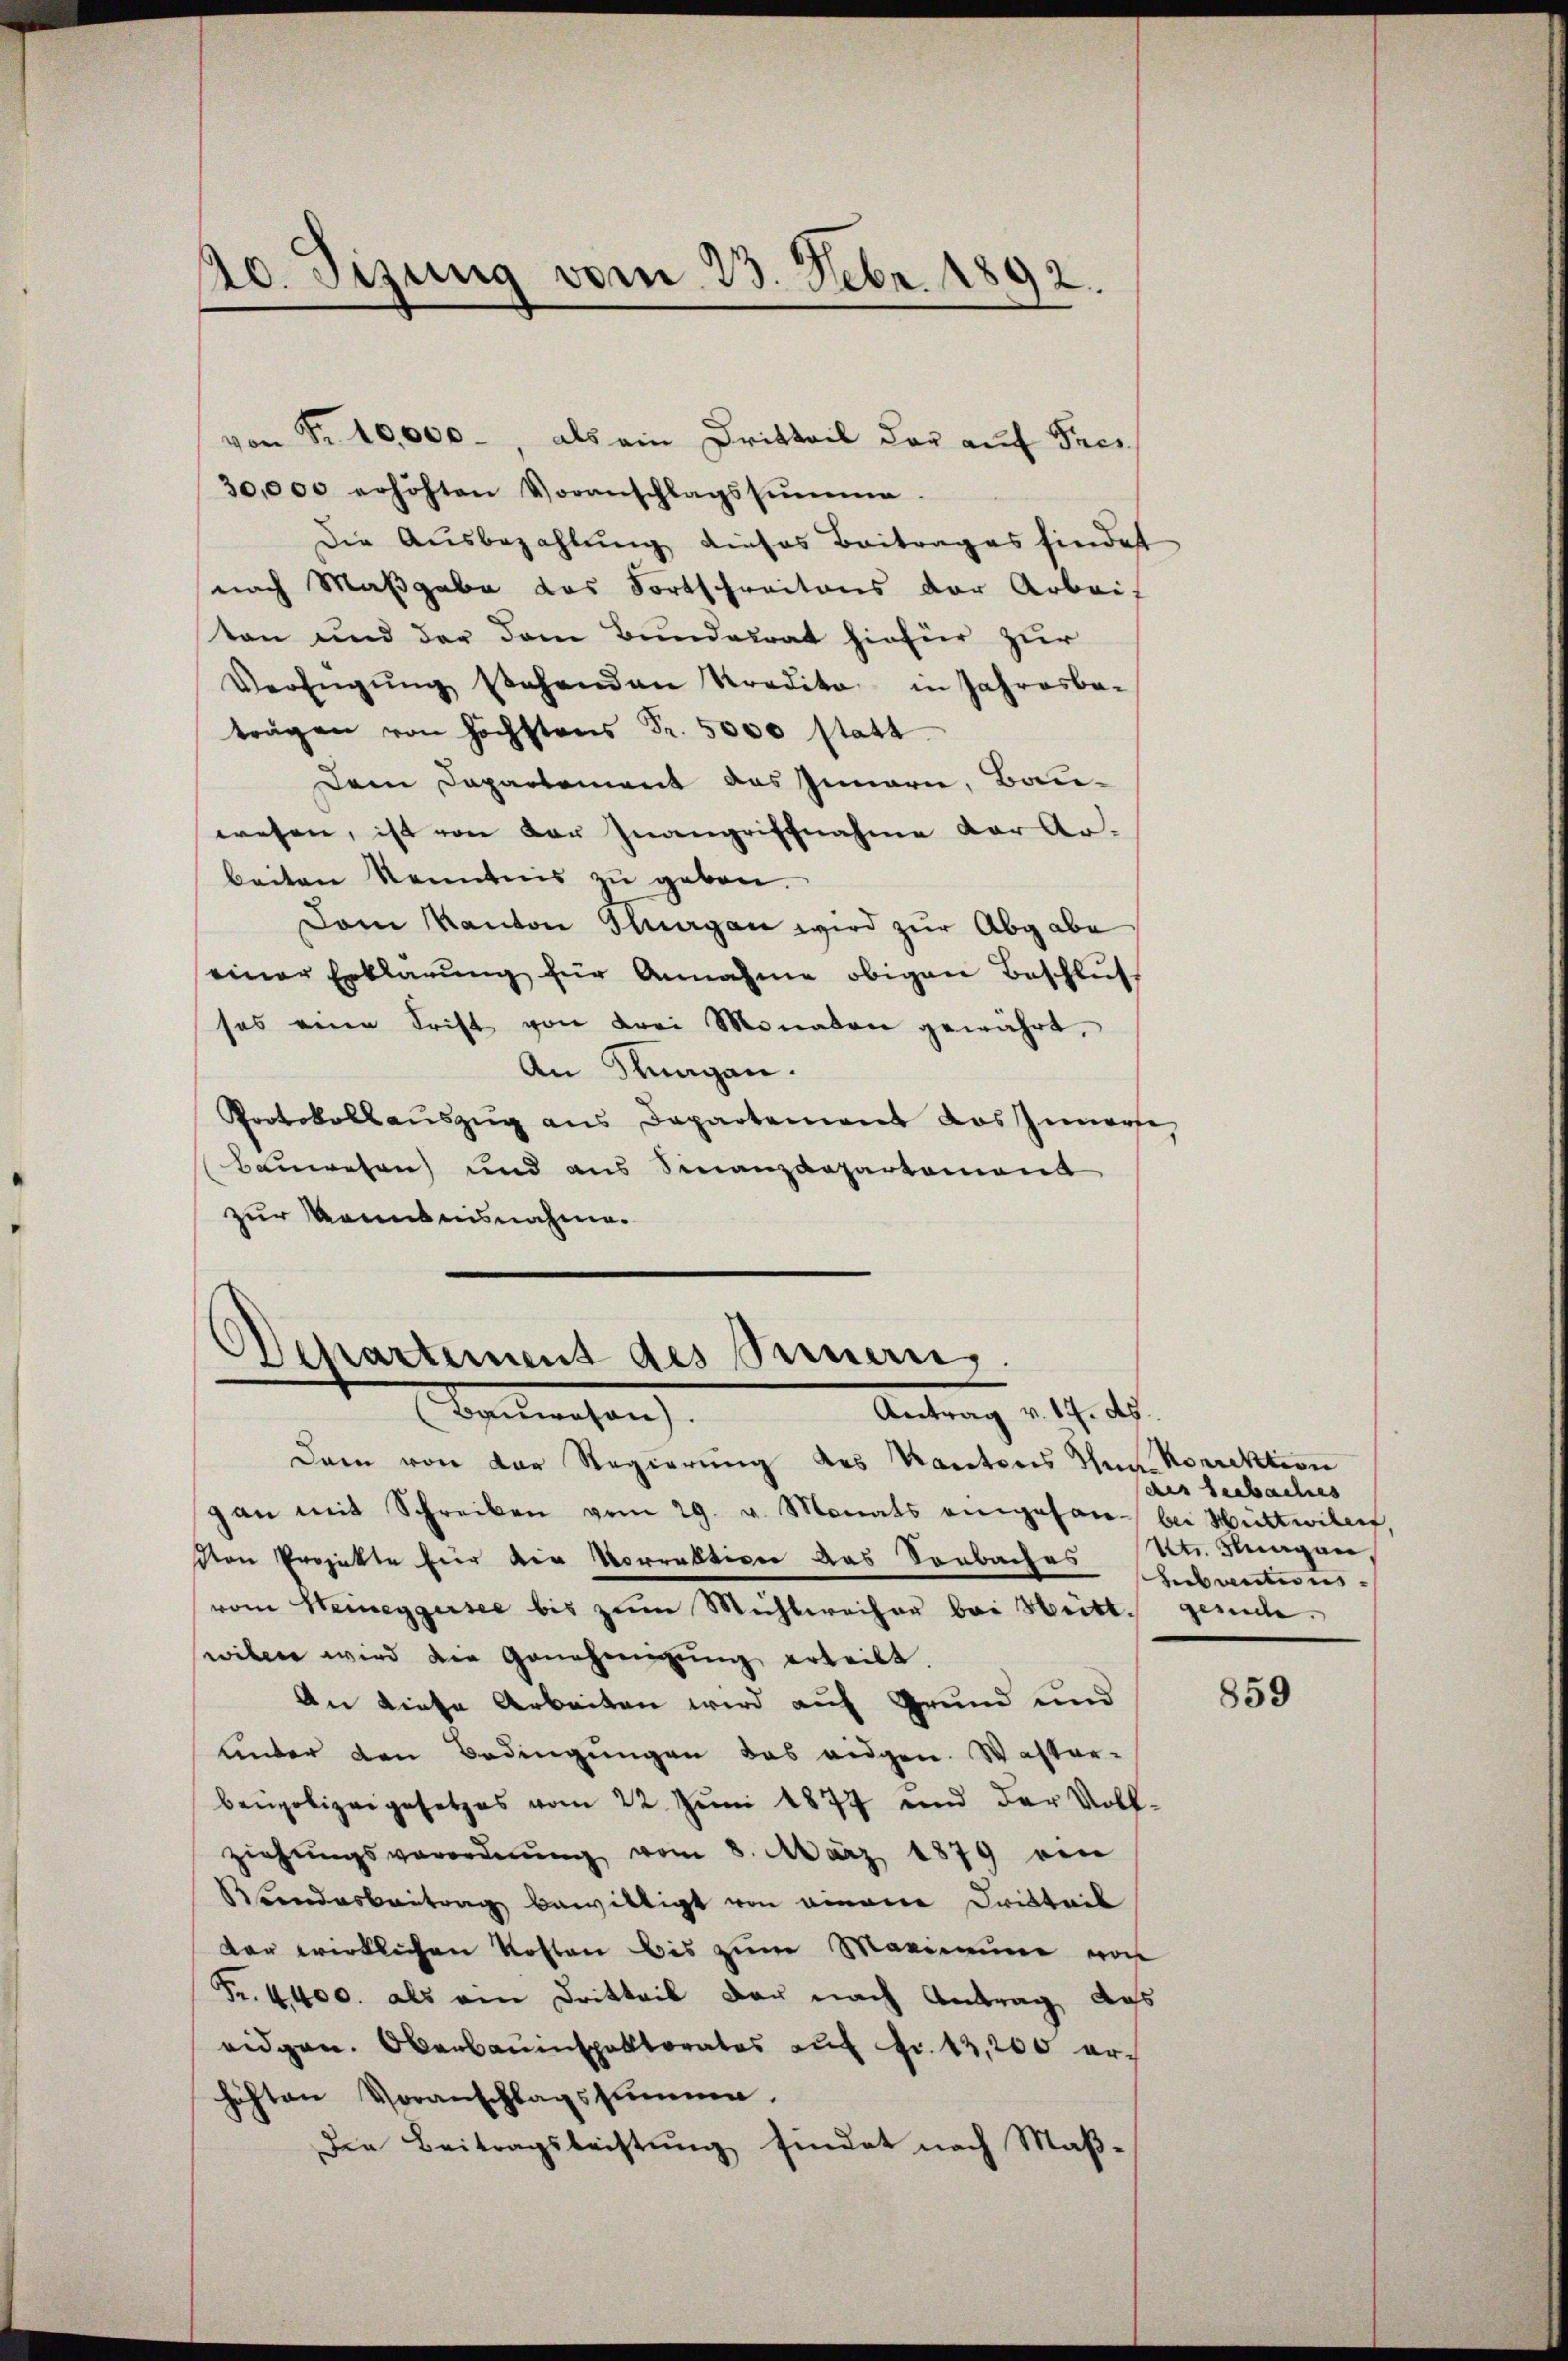
10. Sizung vom 23. Febr. 1892.

von Fr. 40,000, als ein Dritteil der auf Frei¬
30,000 erhöhten Voranschlagssŭmme.
Die Ausbezahlung dieses Beitrages findet
nach Maßgabe das Fortschreitens der Arbeis
ton und der dem Bundesrat hiefür zur
Verfügŭng stehenden Kredita in Jahresbe-
trägen von höchstens Fr. 5000 statt
Dem Departement des Innern, Bau-
wesen, ist von der Inangriffnahme der Arbeiten Kenntnis zu geben.
Dem Kanton Thurgan wird zur Abgabe
seiner Erklärung für Annahme obigen Beschluss
ses eine Frist von drei Monaten gewährt,
An Stungen.
Protokollauszug aus Departement das Innerse
Bauwesen und aus Finanzdepartement
zur Kenntnisnahme.

chartement des Seinen.
Antrag v. 17. d.
Aarwesen

Dann von der Regierung des Kantons Thun Korrektion
gan mit Schreiben vom 29. v. Monats eingesan bei Wittwilerf
Von Projekte für die Vorrektiver das Sonbaches Subventionsvom Heineggersee bis zum Michlweiser bei Heitt. gesuche
wilen wird die Genehmigŭng erteilt.
An diese Arbeiten wird auf Grund und
unter den Bedingungen das eidgen. Waster-
benpolizeigesetzes vom 22. Juni 1877 und der Voll-
ziehŭngsverordnŭng vom 8. März 1879 von
andesbeitrag bewilligt von einem Dritteil
der wirklichen Kosten bis zum Marienne von
Fr. 4400. als ein Dritteil der nach Antrag das
eidgen. Oberbauinspektorates auf Fr. 13,200 erhöften Voranschlagssumme.
Die Beitragsleistung findet nach Maß¬

des Seebaches
V. Klagen

859